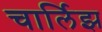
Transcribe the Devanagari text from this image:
चार्लिझ